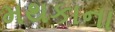
મથકાના